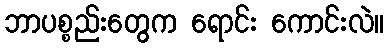
ဘာပစ္စည်းတွေက ရောင်း ကောင်းလဲ။